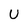
Character: U